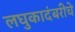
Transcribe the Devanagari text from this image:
लघुकादंबरीचे